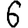
Digit: 6